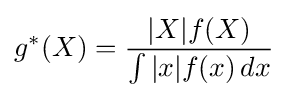
g^{*}(X)={\frac {|X|f(X)}{\int |x|f(x)\,dx}}